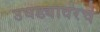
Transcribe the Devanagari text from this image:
उघड्यावरचे